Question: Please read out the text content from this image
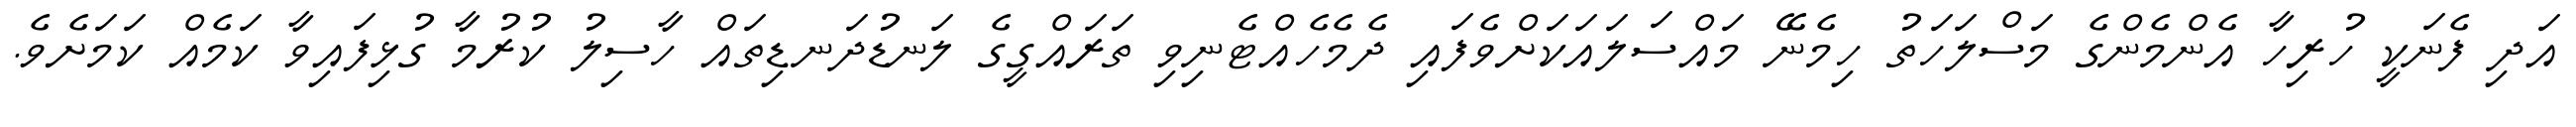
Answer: އަދި ފެނަކީ ހުރިހާ އެންމެންގެ މަސްލަހަތު ހިމެނޭ މައްސަލައަކަށްވެފައި ދެމެހެއްޓެނިވި ތަރައްގީގެ ލަނޑުދަނޑިތައް ހާސިލު ކުރުމާ ގުޅިފައިވާ ކަމެއް ކަމަށެވެ.